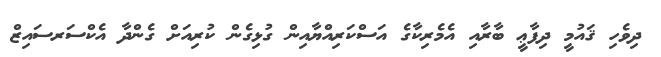
ދިވެހި ޤައުމީ ދިފާޢީ ބާރާއި އެމެރިކާގެ އަސްކަރިއްޔާއިން ގުޅިގެން ކުރިއަށް ގެންދާ އެކްސަރސައިޒް